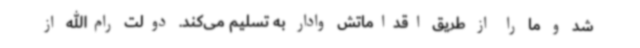
شد و ما را از طریق اقداماتش وادار به تسلیم می‌کند. دولت رام‌الله از